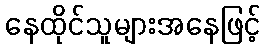
နေထိုင်သူများအနေဖြင့်